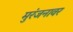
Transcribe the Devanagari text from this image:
मुरंजनावर